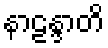
နာဠန္ဒာတိ